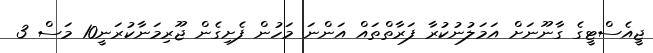
ޖީއެސްޓީގެ ގާނޫނަށް އަމަލުނުކުރާ ފަރާތްތައް އަންނަ މަހުން ފެށިގެން ޖޫރިމަނާކުރަނީ10 މަސް 3